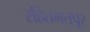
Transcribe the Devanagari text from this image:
रहितमतपूर